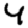
Digit: 4